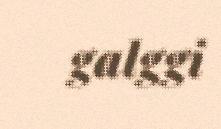
galggi